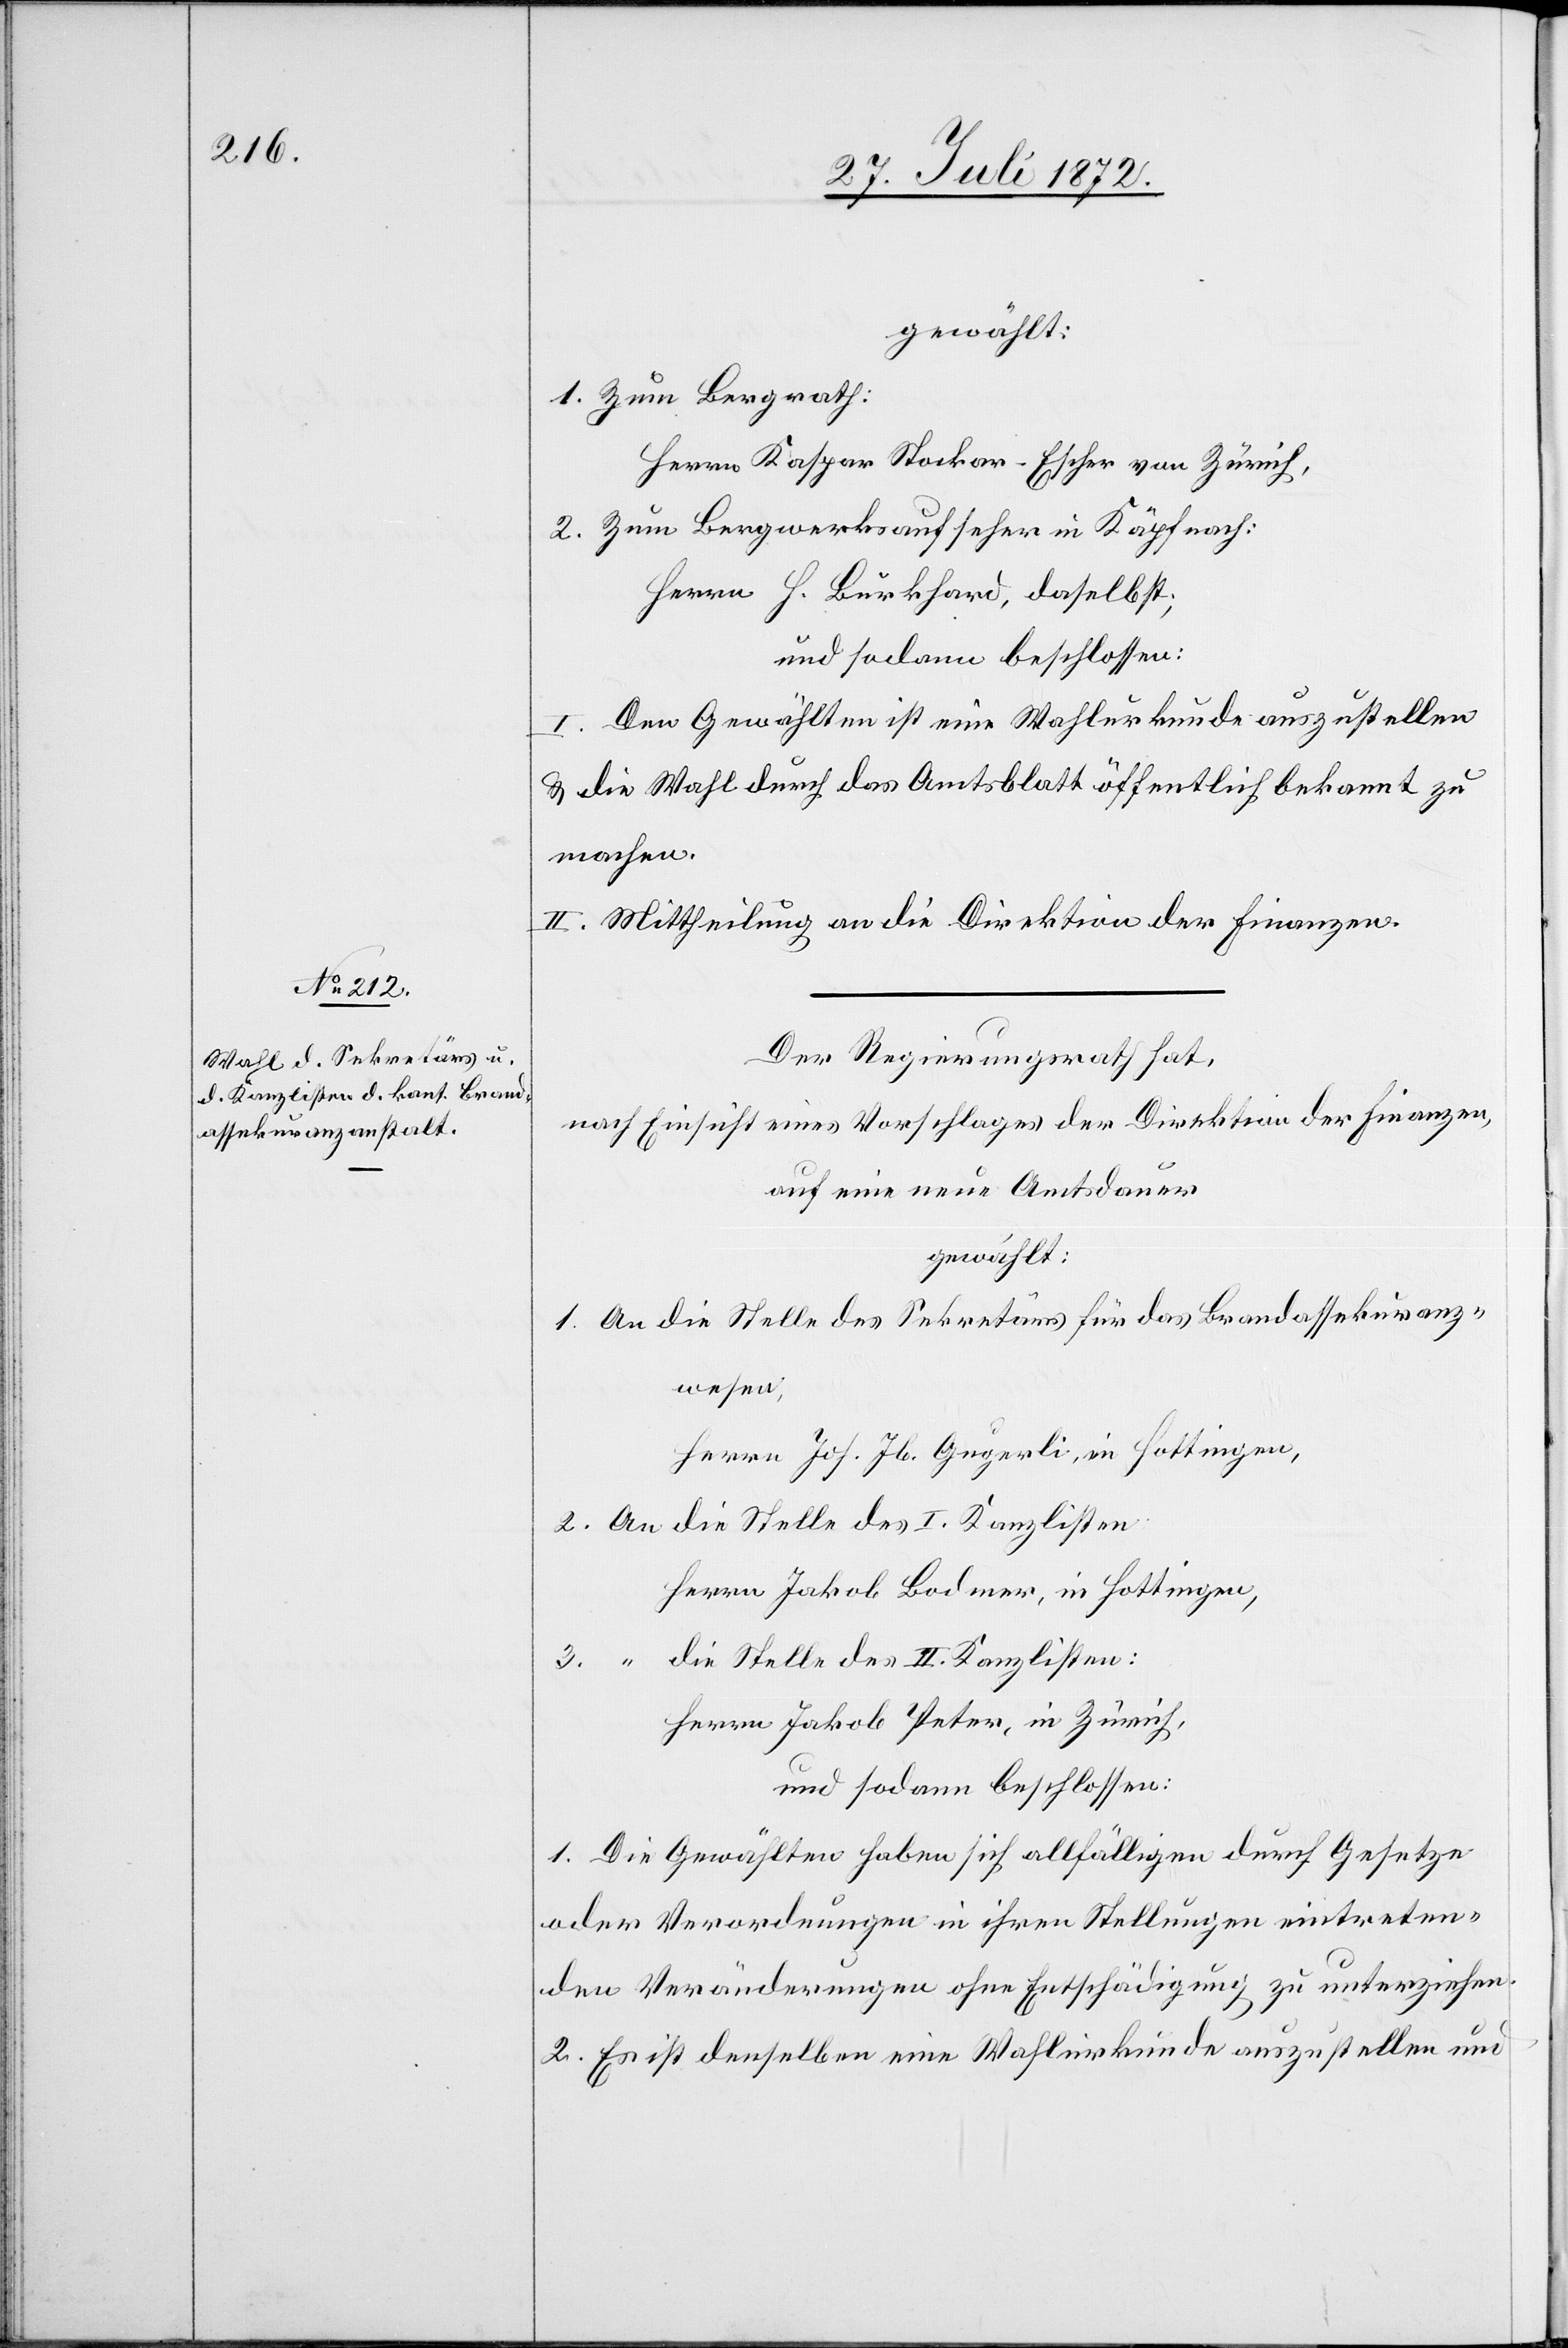
gewählt:
1. Zum Bergrath:
Herrn Kaspar Stockar-Escher von Zürich,
2. Zum Bergwerksaufseher in Käpfnach:
Herrn H. Burkhard, daselbst;
und sodann beschlossen:
I. Den Gewählten ist eine Wahlurkunde auszustellen
u. die Wahl durch das Amtsblatt öffentlich bekannt zu
machen.
II. Mittheilung an die Direktion der Finanzen.
Der Regierungsrath hat,
nach Einsicht eines Vorschlages der Direktion der Finanzen,
auf eine neue Amtsdauer
gewählt:
1. An die Stelle des Sekretärs für das Brandassekuranz¬
wesen,
Herrn Joh. Jb. Gugerli, in Hottingen,
2. An die Stelle des I. Kanzlisten
Herrn Jakob Bodmer, in Hottingen,
die Stelle des II. Kanzlisten:
3.
Herrn Jakob Peter, in Zürich,
und sodann beschlossen:
1. Die Gewählten haben sich allfälligen durch Gesetze
oder Verordnungen in ihren Stellungen eintreten¬
den Veränderungen ohne Entschädigung zu unterziehen.
2. Es ist denselben eine Wahlurkunde auszustellen und